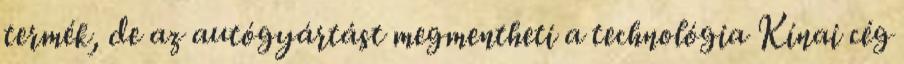
termék, de az autógyártást megmentheti a technológia Kínai cég